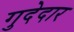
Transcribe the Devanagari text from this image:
गुदेदार